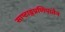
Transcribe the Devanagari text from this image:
साष्टाङ्गप्रणिपातेन